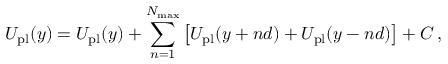
U _ { \mathrm { p l } } ( y ) = { \cal U } _ { \mathrm { p l } } ( y ) + \sum _ { n = 1 } ^ { N _ { \operatorname* { m a x } } } \left[ { \cal U } _ { \mathrm { p l } } ( y + n d ) + { \cal U } _ { \mathrm { p l } } ( y - n d ) \right] + C \, ,